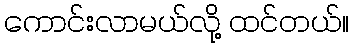
ကောင်းလာမယ်လို့ ထင်တယ်။